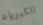
الكبرياء